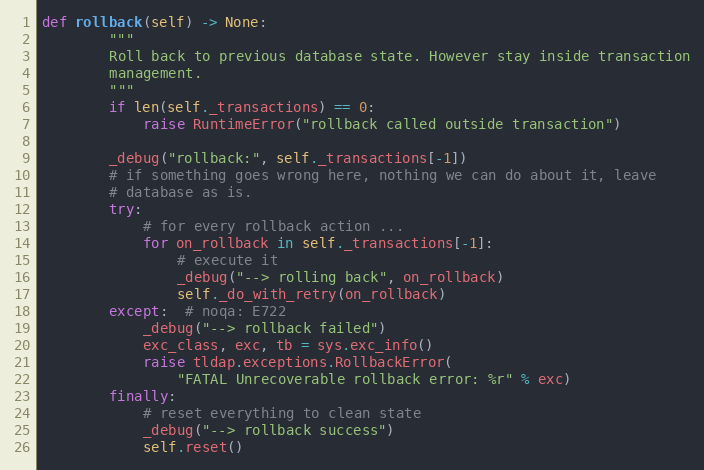
Language: Python
def rollback(self) -> None:
        """
        Roll back to previous database state. However stay inside transaction
        management.
        """
        if len(self._transactions) == 0:
            raise RuntimeError("rollback called outside transaction")

        _debug("rollback:", self._transactions[-1])
        # if something goes wrong here, nothing we can do about it, leave
        # database as is.
        try:
            # for every rollback action ...
            for on_rollback in self._transactions[-1]:
                # execute it
                _debug("--> rolling back", on_rollback)
                self._do_with_retry(on_rollback)
        except:  # noqa: E722
            _debug("--> rollback failed")
            exc_class, exc, tb = sys.exc_info()
            raise tldap.exceptions.RollbackError(
                "FATAL Unrecoverable rollback error: %r" % exc)
        finally:
            # reset everything to clean state
            _debug("--> rollback success")
            self.reset()